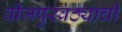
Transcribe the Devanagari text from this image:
वीजपुरवठ्याची